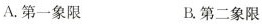
A.第一象限 B.第二象限